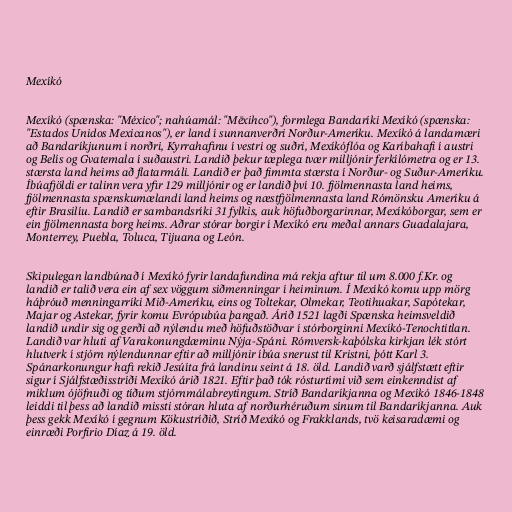
Mexíkó

Mexíkó (spænska: "México"; nahúamál: "Mēxihco"), formlega Bandaríki Mexíkó (spænska:
"Estados Unidos Mexicanos"), er land í sunnanverðri Norður-Ameríku. Mexíkó á landamæri
að Bandaríkjunum í norðri, Kyrrahafinu í vestri og suðri, Mexíkóflóa og Karíbahafi í austri
og Belís og Gvatemala í suðaustri. Landið þekur tæplega tvær milljónir ferkílómetra og er 13.
stærsta land heims að flatarmáli. Landið er það fimmta stærsta í Norður- og Suður-Ameríku.
Íbúafjöldi er talinn vera yfir 129 milljónir og er landið því 10. fjölmennasta land heims,
fjölmennasta spænskumælandi land heims og næstfjölmennasta land Rómönsku Ameríku á
eftir Brasilíu. Landið er sambandsríki 31 fylkis, auk höfuðborgarinnar, Mexíkóborgar, sem er
ein fjölmennasta borg heims. Aðrar stórar borgir í Mexíkó eru meðal annars Guadalajara,
Monterrey, Puebla, Toluca, Tijuana og León.

Skipulegan landbúnað í Mexíkó fyrir landafundina má rekja aftur til um 8.000 f.Kr. og
landið er talið vera ein af sex vöggum siðmenningar í heiminum. Í Mexíkó komu upp mörg
háþróuð menningarríki Mið-Ameríku, eins og Toltekar, Olmekar, Teotihuakar, Sapótekar,
Majar og Astekar, fyrir komu Evrópubúa þangað. Árið 1521 lagði Spænska heimsveldið
landið undir sig og gerði að nýlendu með höfuðstöðvar í stórborginni Mexíkó-Tenochtitlan.
Landið var hluti af Varakonungdæminu Nýja-Spáni. Rómversk-kaþólska kirkjan lék stórt
hlutverk í stjórn nýlendunnar eftir að milljónir íbúa snerust til Kristni, þótt Karl 3.
Spánarkonungur hafi rekið Jesúíta frá landinu seint á 18. öld. Landið varð sjálfstætt eftir
sigur í Sjálfstæðisstríði Mexíkó árið 1821. Eftir það tók rósturtími við sem einkenndist af
miklum ójöfnuði og tíðum stjórnmálabreytingum. Stríð Bandaríkjanna og Mexíkó 1846-1848
leiddi til þess að landið missti stóran hluta af norðurhéruðum sínum til Bandaríkjanna. Auk
þess gekk Mexíkó í gegnum Kökustríðið, Stríð Mexíkó og Frakklands, tvö keisaradæmi og
einræði Porfirio Díaz á 19. öld.